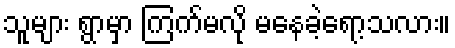
သူများ ရွာမှာ ကြက်မလို မနေခဲ့ရော့သလား။